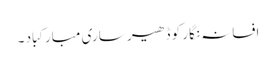
افسانہ نگار کو ڈھیر ساری مبارکباد ۔